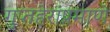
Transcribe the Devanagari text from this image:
गुप्तहेरांप्रमाणे